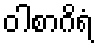
ဝါစာဂိရံ